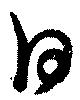
日